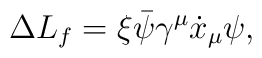
\Delta L_f =\xi \bar\psi \gamma^\mu \dot{x}_\mu\psi,